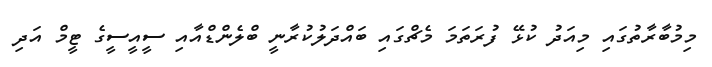
މިމުބާރާތުގައި މިއަދު ކުޅޭ ފުރަތަމަ މެޗްގައި ބައްދަލުކުރާނީ ބްލެންޑްއާއި ސީއީސީގެ ޓީމް އަދި